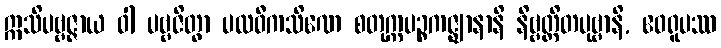
ဣသိပဗ္ဗဇ္ဇာယ ဝါ ပဗ္ဗဇိတွာ ပထဝီကသိဏေ စတုက္ကပဉ္စကဇ္ဈာနာနိ နိဗ္ဗတ္တိတပုဗ္ဗာနိ, ဧဝရူပဿ